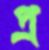
প্র